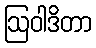
ဩဝါဒိတာ